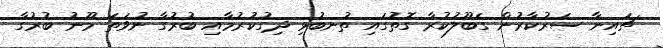
ޗައިނާ ސަރުކާރުން ގަބޫލުކުރާ ގޮތުގައި ތުނބުޅި ދިގުކުރުމާއި ބުރުގާ ނުވަތަ މޫނު ބުރުގާ